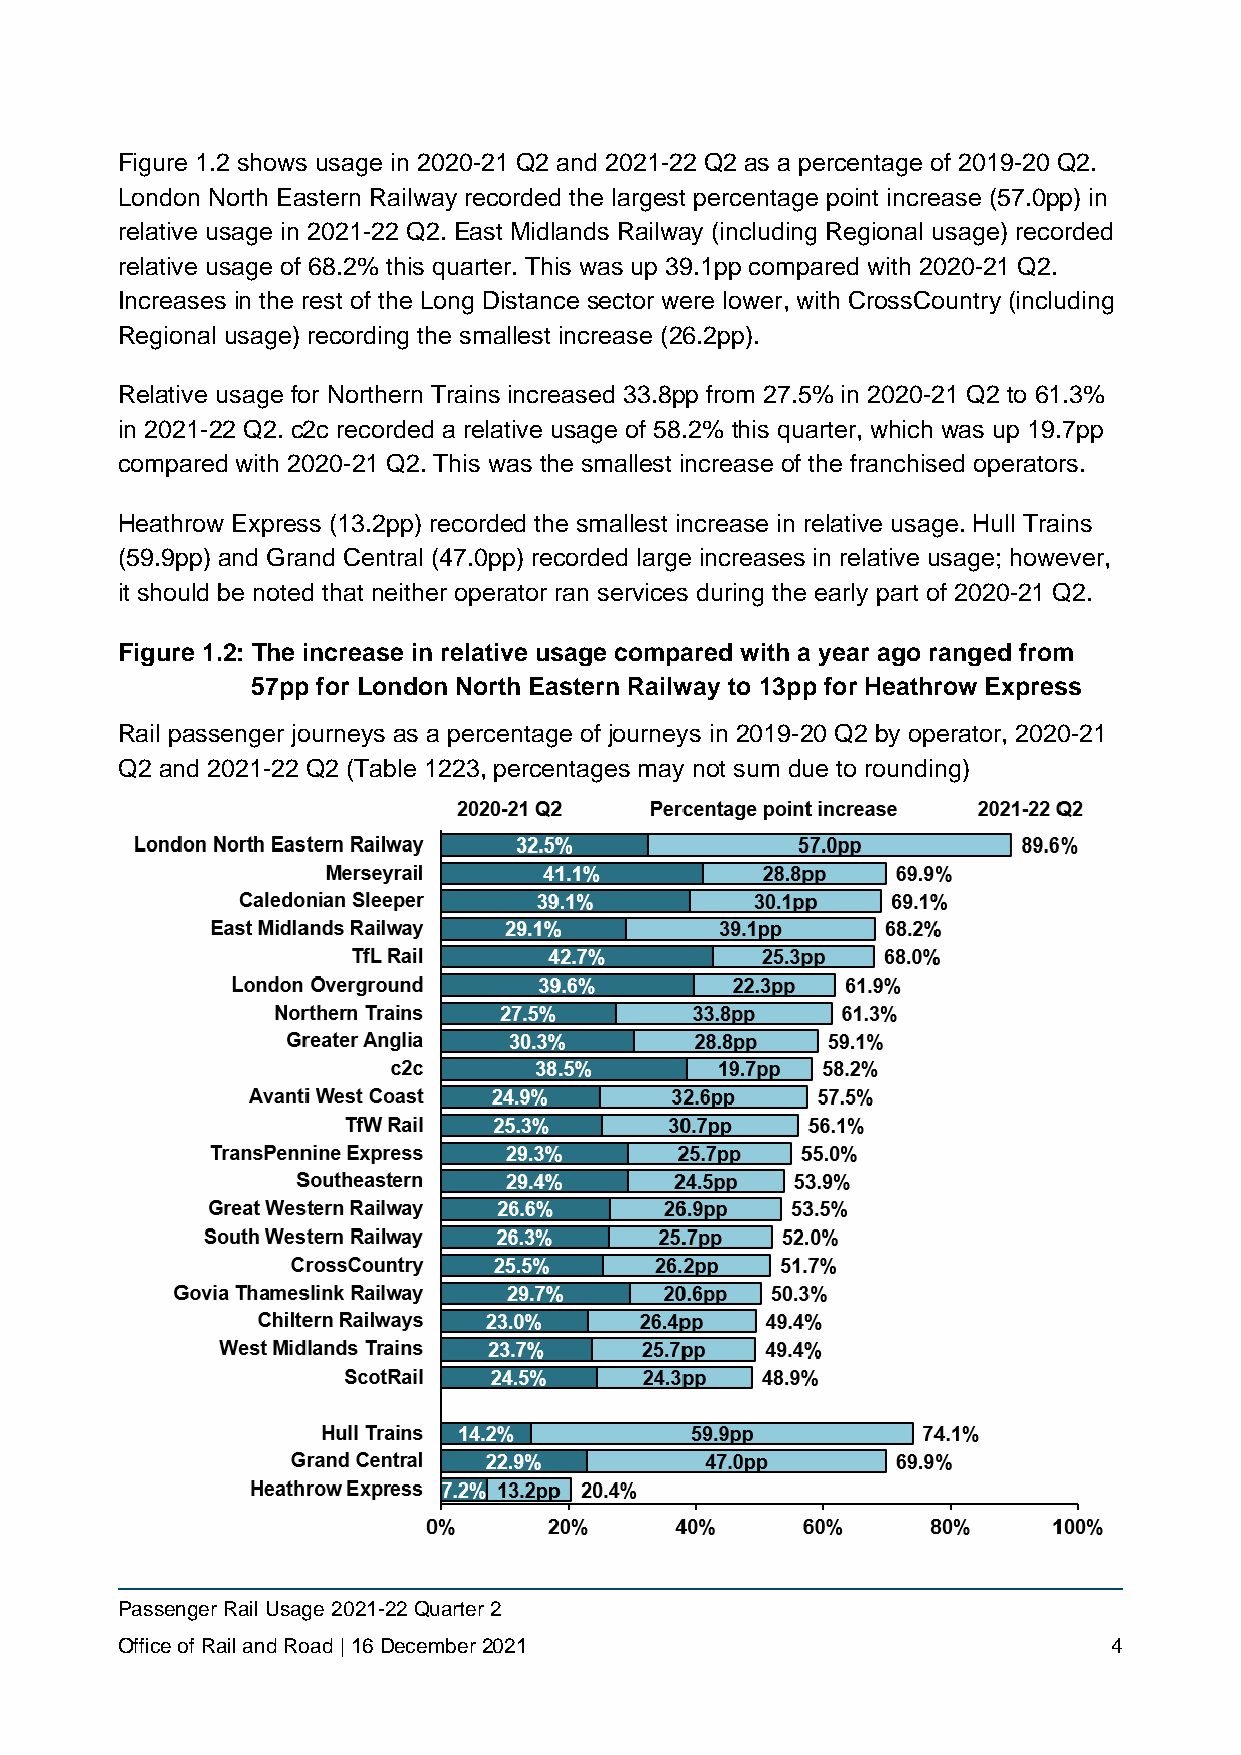
Figure 1.2 shows usage in 2020-21 Q2 and 2021-22 Q2 as a percentage of 2019-20 Q2.
 London North Eastern Railway recorded the largest percentage point increase (57.0pp) in
 relative usage in 2021-22 Q2. East Midlands Railway (including Regional usage) recorded
 relative usage of 68.2% this quarter. This was up 39.1pp compared with 2020-21 Q2.
 Increases in the rest of the Long Distance sector were lower, with CrossCountry (including
 Regional usage) recording the smallest increase (26.2pp).
 Relative usage for Northern Trains increased 33.8pp from 27.5% in 2020-21 Q2 to 61.3%
 in 2021-22 Q2. c2c recorded a relative usage of 58.2% this quarter, which was up 19.7pp
 compared with 2020-21 Q2. This was the smallest increase of the franchised operators.
 Heathrow Express (13.2pp) recorded the smallest increase in relative usage. Hull Trains
 (59.9pp) and Grand Central (47.0pp) recorded large increases in relative usage; however,
 it should be noted that neither operator ran services during the early part of 2020-21 Q2.
 Figure 1.2: The increase in relative usage compared with a year ago ranged from
 57pp for London North Eastern Railway to 13pp for Heathrow Express
 Rail passenger journeys as a percentage of journeys in 2019-20 Q2 by operator, 2020-21
 Q2 and 2021-22 Q2 (Table 1223, percentages may not sum due to rounding)
 Passenger Rail Usage 2021-22 Quarter 2
 Office of Rail and Road | 16 December 2021                        4